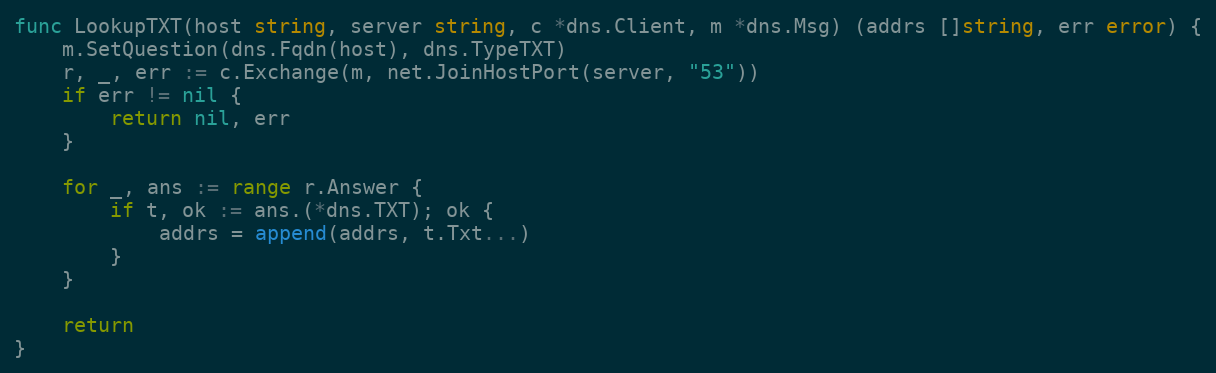
Language: Go
func LookupTXT(host string, server string, c *dns.Client, m *dns.Msg) (addrs []string, err error) {
	m.SetQuestion(dns.Fqdn(host), dns.TypeTXT)
	r, _, err := c.Exchange(m, net.JoinHostPort(server, "53"))
	if err != nil {
		return nil, err
	}

	for _, ans := range r.Answer {
		if t, ok := ans.(*dns.TXT); ok {
			addrs = append(addrs, t.Txt...)
		}
	}

	return
}